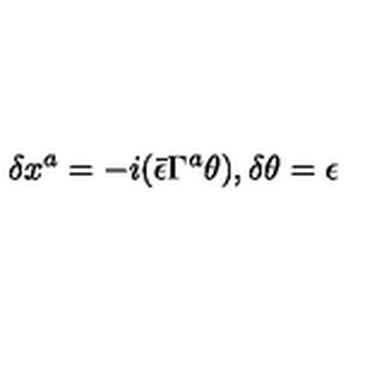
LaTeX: \delta x ^ { a } = - i ( \bar { \epsilon } \Gamma ^ { a } \theta ) , \delta \theta = \epsilon